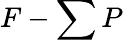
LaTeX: F-\sum P